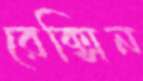
রেক্সিন